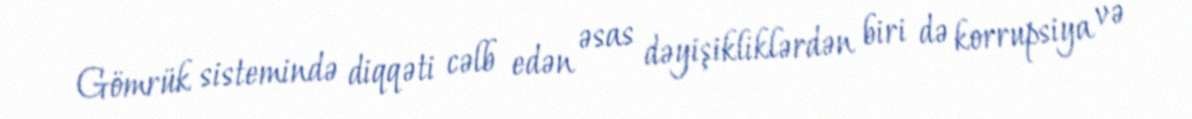
Gömrük sistemində diqqəti cəlb edən əsas dəyişikliklərdən biri də korrupsiya və